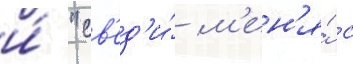
и́ "св'ед'и́ м'ен'я́ с